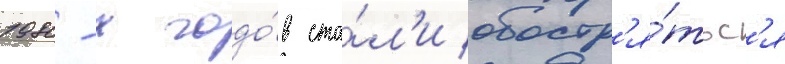
1980-х годо́в ста́л'и обостр'я́тьс'я